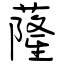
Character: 蕯